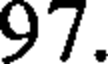
97.